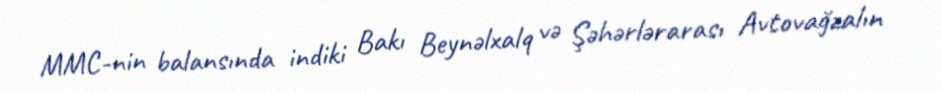
MMC-nin balansında indiki Bakı Beynəlxalq və Şəhərlərarası Avtovağzalın